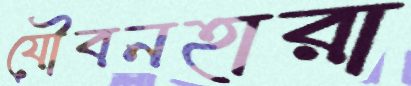
যৌবনহারা